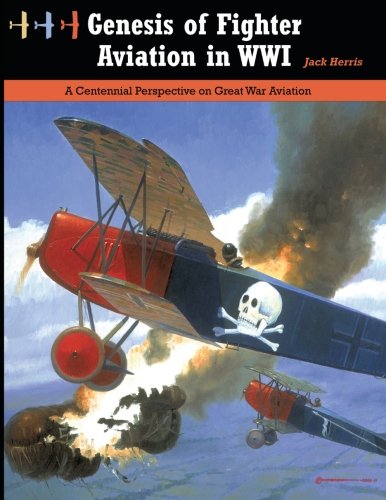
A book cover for Genesis of Fighter Aviation in WWI: A Centennial Perspective on Great War Aviation (Great War Aviation Series) (Volume 20); Jack Herris; History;